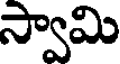
స్వామి